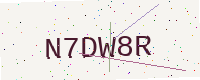
Text: N7DW8R